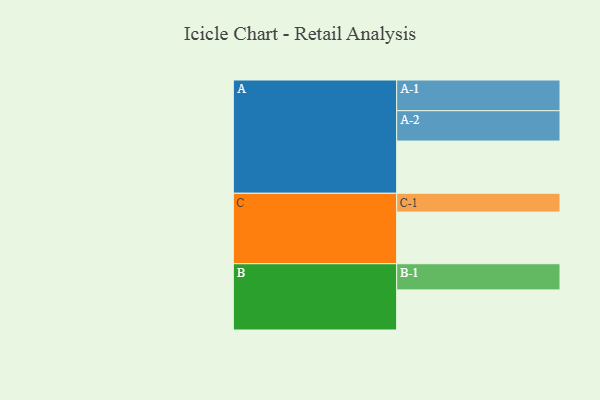
{"axis": {"x": "Segment", "y": "Value"}, "legend": ["", "A", "B", "C"], "data": [{"x": "A", "y": 439, "type": ""}, {"x": "B", "y": 337, "type": ""}, {"x": "C", "y": 434, "type": ""}, {"x": "A-1", "y": 258, "type": "A"}, {"x": "A-2", "y": 255, "type": "A"}, {"x": "B-1", "y": 220, "type": "B"}, {"x": "C-1", "y": 158, "type": "C"}]}